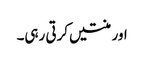
اور منتیں کرتی رہی۔